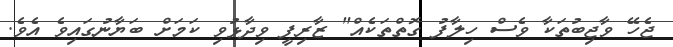
ޖެހޭ ވާޖިބުތަކާ ވެސް ހިލާފު ގޮތްތަކެއް" ޒާރިފީ ވިދާޅުވި ކަމަށް ބަޔާނުގައިވެ އެވެ.